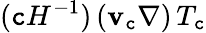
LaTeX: ({\mathtt{c}}{H}^{-1})\, (\mathbf{{v}}_{\mathtt{c}}\nabla)\, T_{\mathtt{c}}